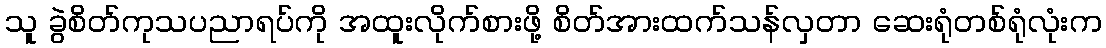
သူ ခွဲစိတ်ကုသပညာရပ်ကို အထူးလိုက်စားဖို့ စိတ်အားထက်သန်လှတာ ဆေးရုံတစ်ရုံလုံးက